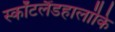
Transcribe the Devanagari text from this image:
स्कॉटलैंडहालांकि